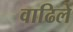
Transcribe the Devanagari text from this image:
वाढिले